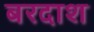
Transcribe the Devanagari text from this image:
बरदाश